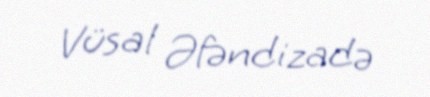
Vüsal Əfəndizadə